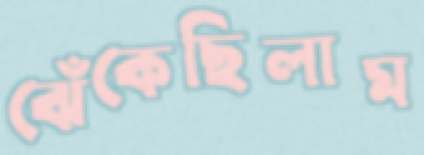
ঝেঁকেছিলাম